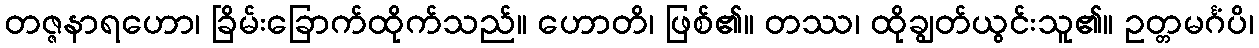
တဇ္ဇနာရဟော၊ ခြိမ်းခြောက်ထိုက်သည်။ ဟောတိ၊ ဖြစ်၏။ တဿ၊ ထိုချွတ်ယွင်းသူ၏။ ဥတ္တမင်္ဂံပိ၊